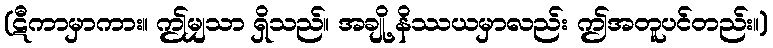
(ဋီကာမှာကား။ ဤမျှသာ ရှိသည်။ အချို့ နိဿယမှာလည်း ဤအတူပင်တည်း။)